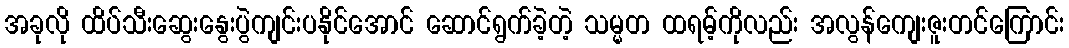
အခုလို ထိပ်သီးဆွေးနွေးပွဲကျင်းပနိုင်အောင် ဆောင်ရွက်ခဲ့တဲ့ သမ္မတ ထရမ့်ကိုလည်း အလွန်ကျေးဇူးတင်ကြောင်း